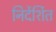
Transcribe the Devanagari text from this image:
निर्देर्शित